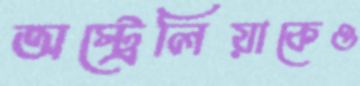
অস্ট্রেলিয়াকেও